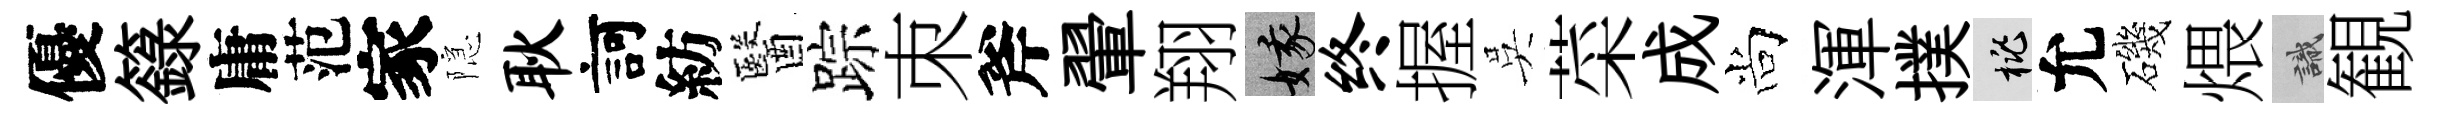
優籙庸范家隠耿訶紡醫踪朿斧翬翔娥终握吳菜成尚渾撲桃允磯煨識観